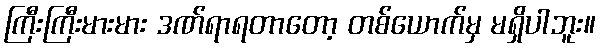
ကြီးကြီးမားမား ဒဏ်ရာရတာတော့ တစ်ယောက်မှ မရှိပါဘူး။